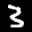
Label: 3